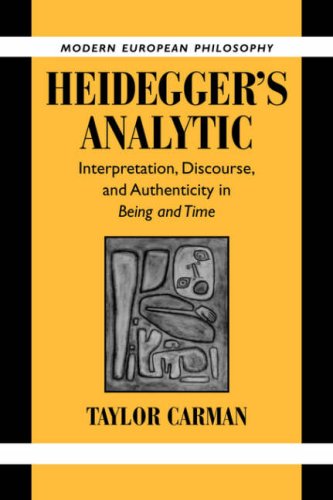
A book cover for Heidegger's Analytic: Interpretation, Discourse and Authenticity in Being and Time (Modern European Philosophy); Taylor Carman; Politics & Social Sciences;